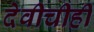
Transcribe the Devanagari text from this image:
देवीचीही